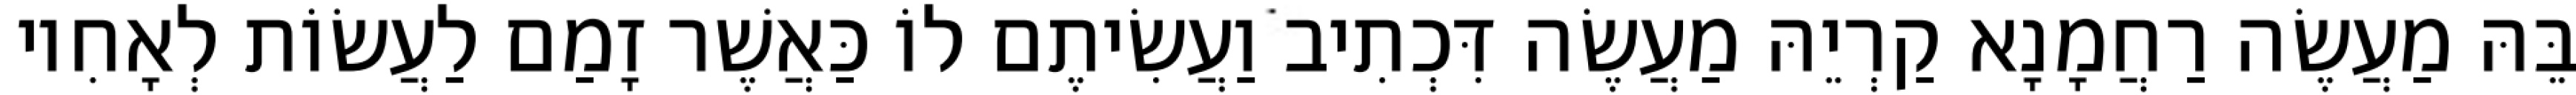
בֵּהּ מַעֲשֶׂה רַחֲמָנָא קַרְיֵהּ מַעֲשֶׂה דִּכְתִיב וַעֲשִׂיתֶם לוֹ כַּאֲשֶׁר זָמַם לַעֲשׂוֹת לְאָחִיו